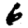
Digit: 6